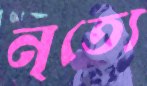
নৃত্যে